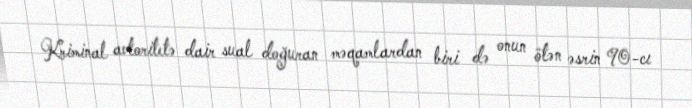
Kriminal avtoritetə dair sual doğuran məqamlardan biri də onun ötən əsrin 90-cı